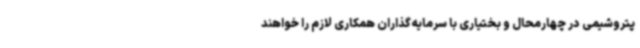
پتروشیمی در چهارمحال و بختیاری با سرمایه‌گذاران همکاری لازم را خواهند